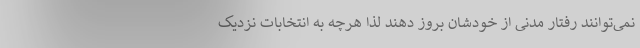
نمی‌توانند رفتار مدنی از خودشان بروز دهند لذا هرچه به انتخابات نزدیک